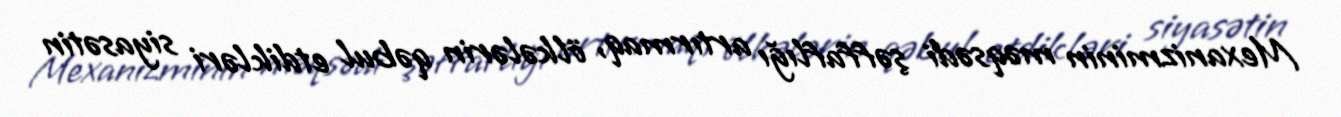
Mexanizminin məqsədi şəffaflığı artırmaq, ölkələrin qəbul etdikləri siyasətin